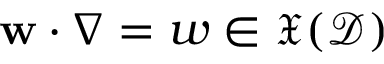
\mathbf { w } \cdot \nabla = w \in \mathfrak { X } ( \mathcal { D } )